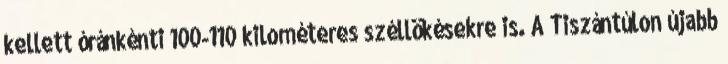
kellett óránkénti 100-110 kilométeres széllökésekre is. A Tiszántúlon újabb